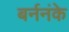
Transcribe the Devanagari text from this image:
बर्ननंके